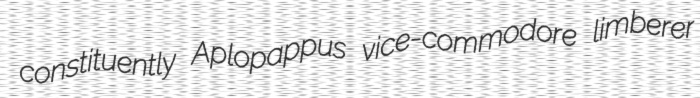
constituently Aplopappus vice-commodore limberer